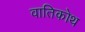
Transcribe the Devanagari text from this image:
वातिकोथ